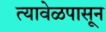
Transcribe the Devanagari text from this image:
त्यावेळपासून